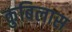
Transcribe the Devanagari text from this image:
कुबिलास